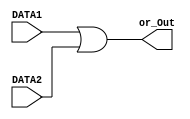
module OR(or_Out,DATA1,DATA2);

        //port declaration
        input [7:0] DATA1,DATA2;
        output [7:0] or_Out;
//	initial begin
        assign or_Out = DATA1 | DATA2;
//	end
endmodule